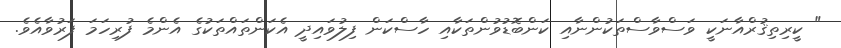
" ކީރިތިޤުރްއާނަކީ ވަސްވާސްތަކުންނާއި ކަންބޮޑުވުންތަކާއި ހާސްކަން ފިލުވައިދީ އެކަންތައްތަކުގެ އެންމެ ފުރިހަމަ ފަރުވާއެވެ.